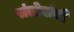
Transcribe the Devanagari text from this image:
संतोबांची